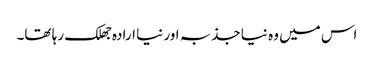
اس میں وہ نیا جذبہ اور نیا ارادہ جھلک رہا تھا۔